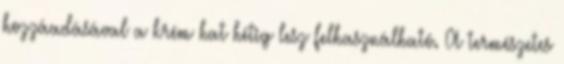
hozzáadásával a krém hat hétig lesz felhasználható. A természetes